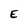
Character: E